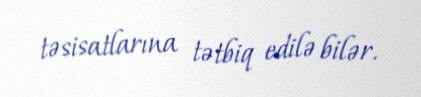
təsisatlarına tətbiq edilə bilər.